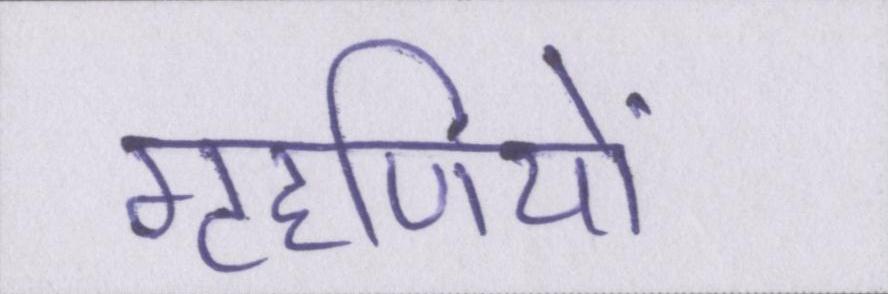
गृहणियों